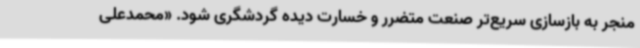
منجر به بازسازی سریع‌تر صنعت متضرر و خسارت دیده گردشگری شود. «محمدعلی